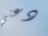
دعني